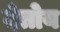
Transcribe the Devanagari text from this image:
देतोय